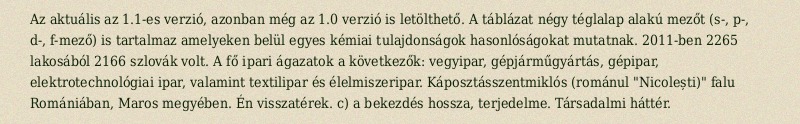
Az aktuális az 1.1-es verzió, azonban még az 1.0 verzió is letölthető. A táblázat négy téglalap alakú mezőt (s-, p-, d-, f-mező) is tartalmaz amelyeken belül egyes kémiai tulajdonságok hasonlóságokat mutatnak. 2011-ben 2265 lakosából 2166 szlovák volt. A fő ipari ágazatok a következők: vegyipar, gépjárműgyártás, gépipar, elektrotechnológiai ipar, valamint textilipar és élelmiszeripar. Káposztásszentmiklós (románul "Nicolești)" falu Romániában, Maros megyében. Én visszatérek. c) a bekezdés hossza, terjedelme. Társadalmi háttér.